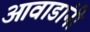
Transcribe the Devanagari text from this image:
आवाडांनी